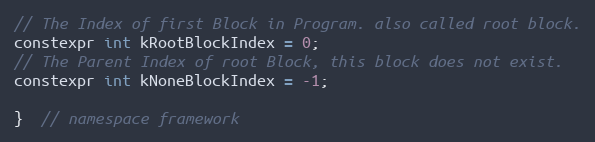
Language: C
// The Index of first Block in Program. also called root block.
constexpr int kRootBlockIndex = 0;
// The Parent Index of root Block, this block does not exist.
constexpr int kNoneBlockIndex = -1;

}  // namespace framework